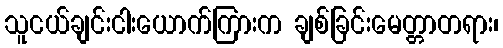
သူငယ်ချင်းငါးယောက်ကြားက ချစ်ခြင်းမေတ္တာတရား၊